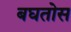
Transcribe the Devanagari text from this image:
बघतोस